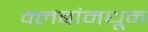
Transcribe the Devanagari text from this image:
क्लबांमधून